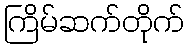
ကြိမ်ဆက်တိုက်